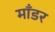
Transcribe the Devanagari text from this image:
माँडर